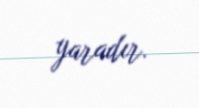
yaradır.